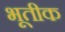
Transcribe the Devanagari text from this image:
भूतीक